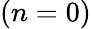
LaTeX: (n=0)